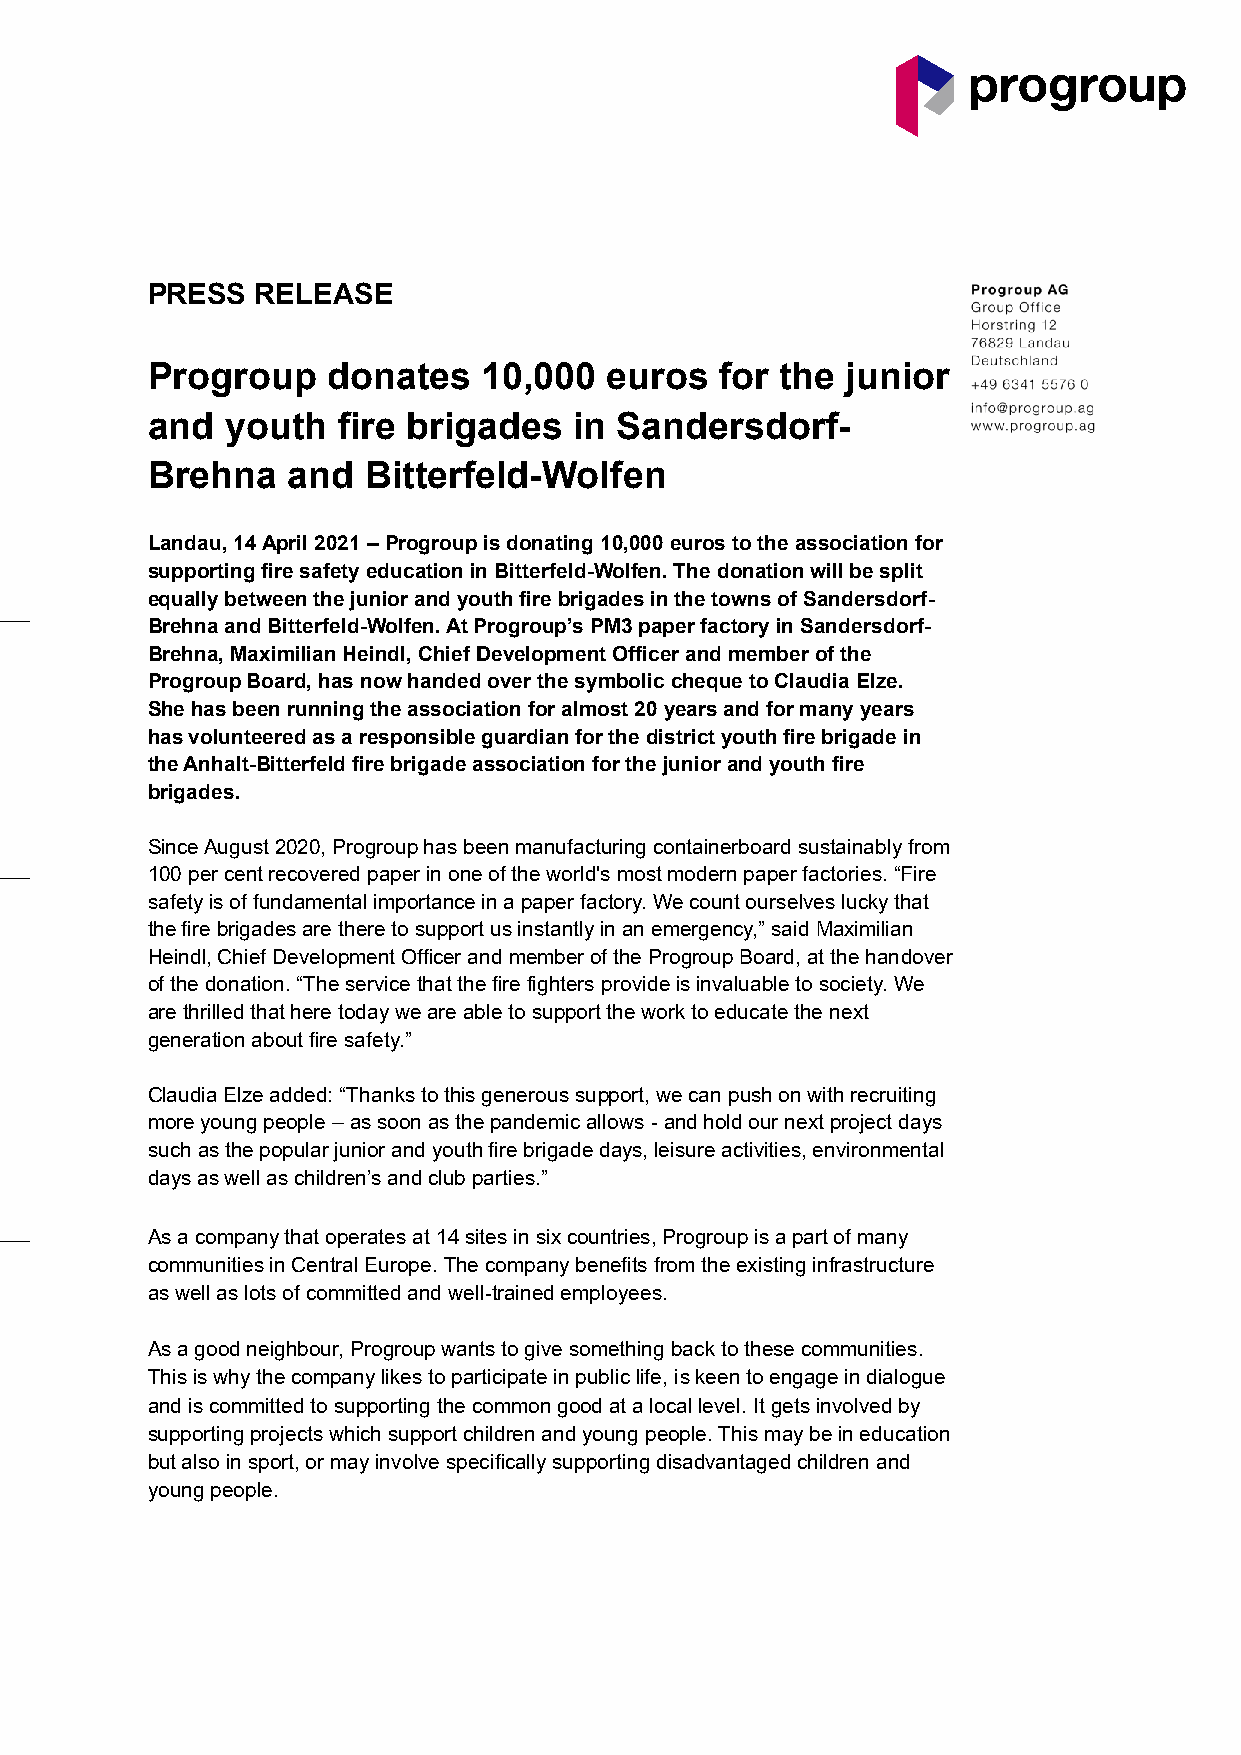
PRESS  RELEASE
 Progroup    donates   10,000  euros   for the junior
 and  youth  fire brigades   in Sandersdorf-
 Brehna   and  Bitterfeld-Wolfen
 Landau, 14 April 2021 – Progroup is donating 10,000 euros to the association for
 supporting fire safety education in Bitterfeld-Wolfen. The donation will be split
 equally between the junior and youth fire brigades in the towns of Sandersdorf-
 Brehna and Bitterfeld-Wolfen. At Progroup’s PM3 paper factory in Sandersdorf-
 Brehna, Maximilian Heindl, Chief Development Officer and member of the
 Progroup Board, has now handed over the symbolic cheque to Claudia Elze.
 She has been running the association for almost 20 years and for many years
 has volunteered as a responsible guardian for the district youth fire brigade in
 the Anhalt-Bitterfeld fire brigade association for the junior and youth fire
 brigades.
 Since August 2020, Progroup has been manufacturing containerboard sustainably from
 100 per cent recovered paper in one of the world's most modern paper factories. “Fire
 safety is of fundamental importance in a paper factory. We count ourselves lucky that
 the fire brigades are there to support us instantly in an emergency,” said Maximilian
 Heindl, Chief Development Officer and member of the Progroup Board, at the handover
 of the donation. “The service that the fire fighters provide is invaluable to society. We
 are thrilled that here today we are able to support the work to educate the next
 generation about fire safety.”
 Claudia Elze added: “Thanks to this generous support, we can push on with recruiting
 more young people – as soon as the pandemic allows - and hold our next project days
 such as the popular junior and youth fire brigade days, leisure activities, environmental
 days as well as children’s and club parties.”
 As a company that operates at 14 sites in six countries, Progroup is a part of many
 communities in Central Europe. The company benefits from the existing infrastructure
 as well as lots of committed and well-trained employees.
 As a good neighbour, Progroup wants to give something back to these communities.
 This is why the company likes to participate in public life, is keen to engage in dialogue
 and is committed to supporting the common good at a local level. It gets involved by
 supporting projects which support children and young people. This may be in education
 but also in sport, or may involve specifically supporting disadvantaged children and
 young people.